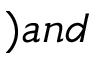
) a n d